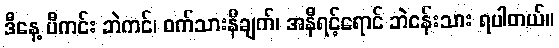
ဒီနေ့ ပီကင်း ဘဲကင်၊ ဝက်သားနီချက်၊ အနီရင့်ရောင် ဘဲငန်းသား ရပါတယ်။